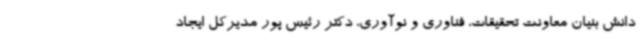
دانش بنیان معاونت تحقیقات، فناوری و نوآوری، دکتر رئیس پور مدیرکل ایجاد